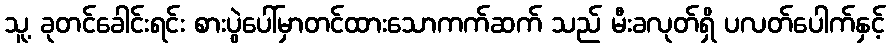
သူ့ ခုတင်ခေါင်းရင်း စားပွဲပေါ်မှာတင်ထားသောကက်ဆက် သည် မီးခလုတ်ရှိ ပလတ်ပေါက်နှင့်